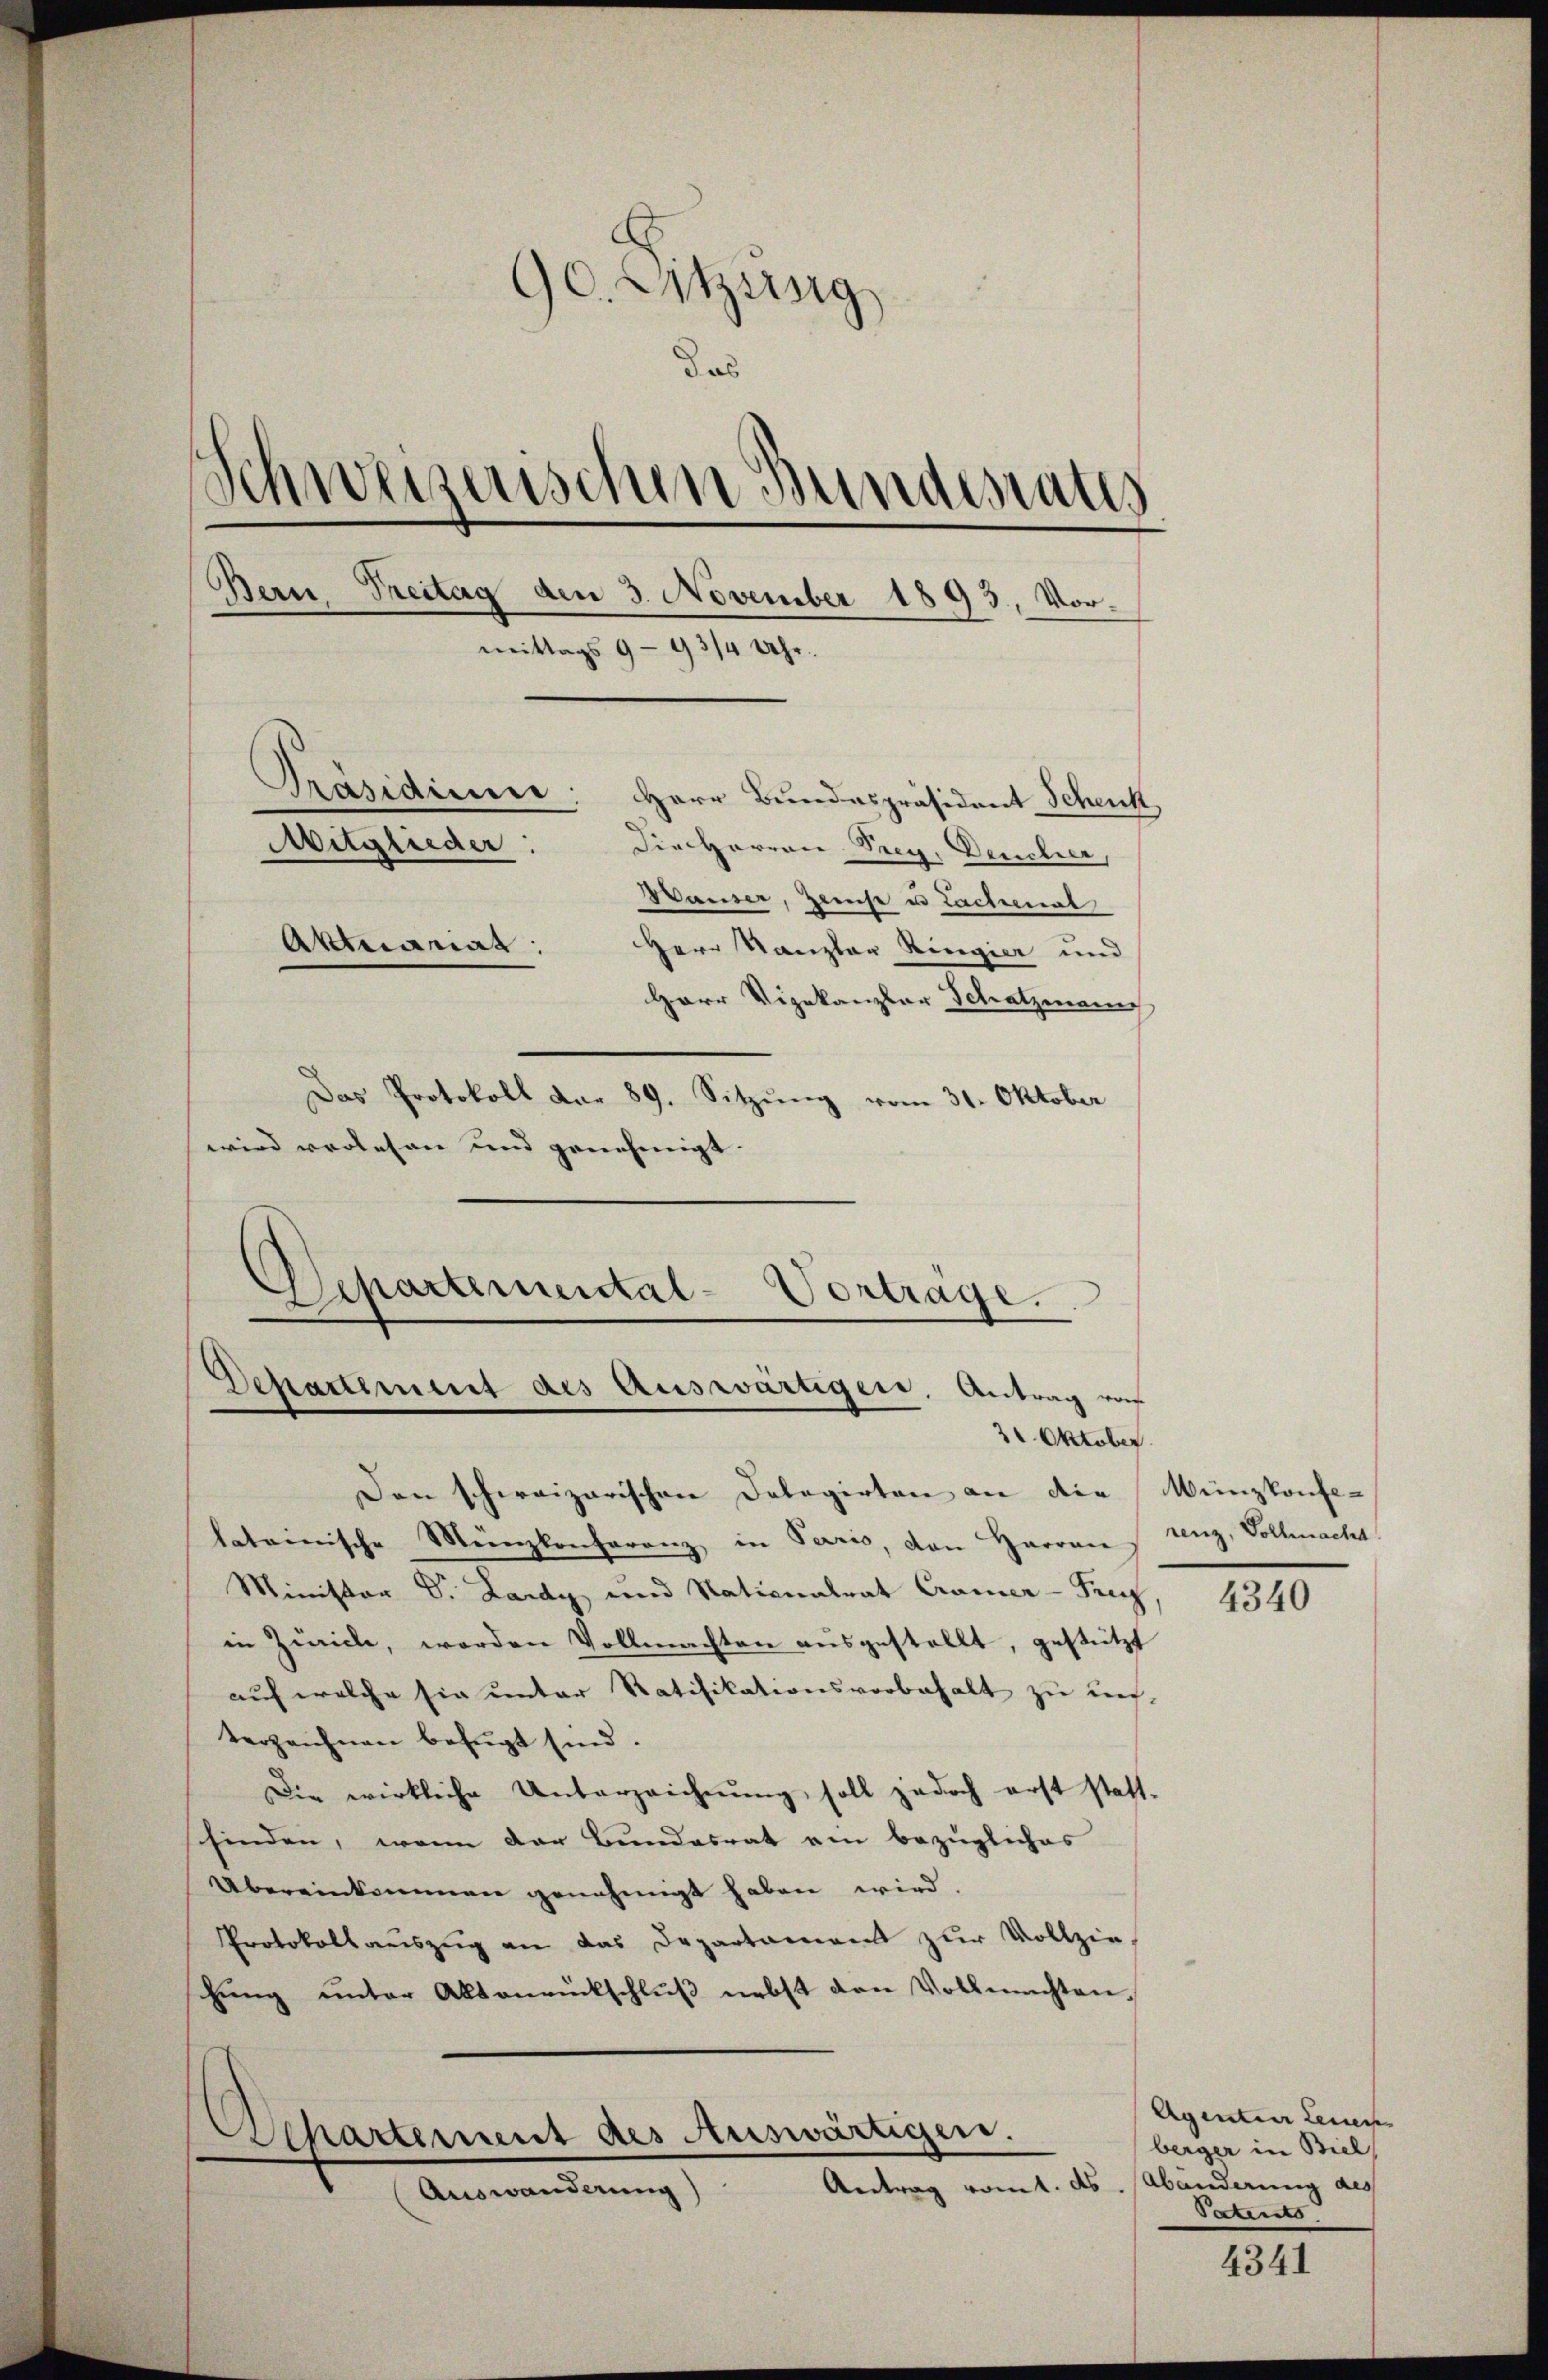
90. Eitzing
das
Schweizerischen Bundesrats
Bern Treitag den 3. November 1893. Vormittags 9 - 93/4 Uhr.
Präsidium: Herr Bundespräsident Schenk
Mitglieder:
Die Herren Prey, Deucher,
Wauser, Zerst in Lachenal
Aktuariat:
Herr Kanzler Ringier und
Herr Vizekanzlar Schatzmanns
Das Protokoll dar 89. Sitzŭng vom 31. Oktober
wird verlesen und genehmigt. |

Separtemental-Vorträge.
Departement des Auswärtigen, Antrag von
3 Oktober

Den schweizerischen Delegirten an die Münzkonfe-
lateinische Münzkonferenz in Paris, den Harran s renz, Vollmacht
Ministor Dr. Lardy und Nationalrat Cramer-Pr
in Zürich, worden Vollmachten ausgestellt, gestützt
auf welche sie unter Ratifikationsvorbehalt zu un-
terzeichnen befugt sind.
Die wirkliche Unterzeichnung, soll jedoch erst statt-
schinden, wenn der Bundesrat ein bezügliches
Übereinkommen genehmigt haben wird.
Protokollaŭszŭg an das Departaneren zur Vollzieschung unter Altonrückschluß nebst den Vollmachten,
(
Departement des Auswärtigen.
Antrag vom 1. ds. Abänderung des
Auswanderung)

4340

Agenten Leuen
berger in Biel
Patents

4341